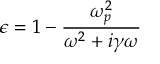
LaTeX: \epsilon = 1 - { \frac { \omega _ { p } ^ { 2 } } { \omega ^ { 2 } + i \gamma \omega } }